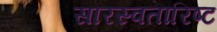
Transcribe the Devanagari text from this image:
सारस्वतारिष्ट